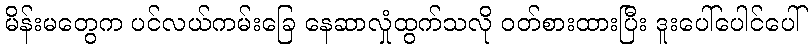
မိန်းမတွေက ပင်လယ်ကမ်းခြေ နေဆာလှုံထွက်သလို ဝတ်စားထားပြီး ဒူးပေါ်ပေါင်ပေါ်